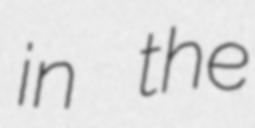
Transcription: in the